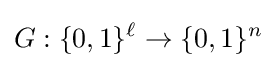
G:\{0,1\}^{\ell }\to \{0,1\}^{n}